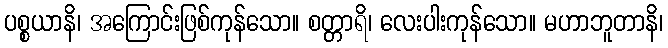
ပစ္စယာနိ၊ အကြောင်းဖြစ်ကုန်သော။ စတ္တာရိ၊ လေးပါးကုန်သော။ မဟာဘူတာနိ၊